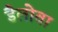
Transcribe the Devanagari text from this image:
डैलोवा